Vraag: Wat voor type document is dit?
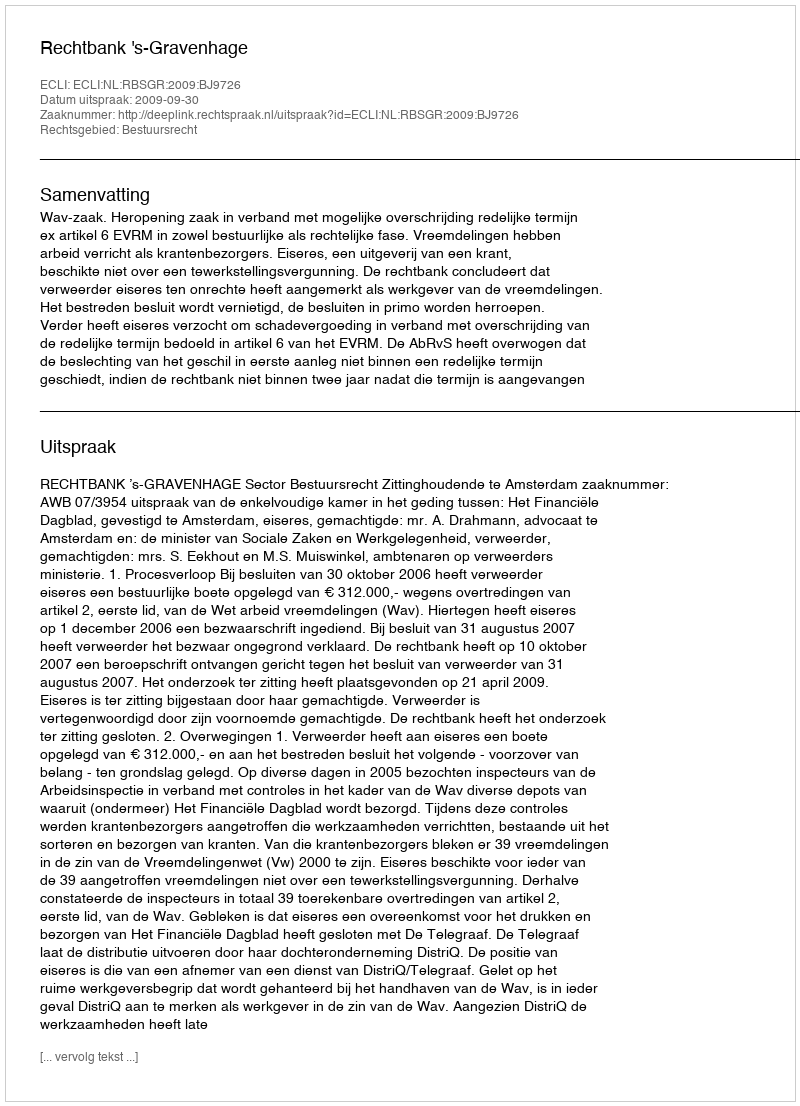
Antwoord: Uitspraak